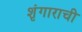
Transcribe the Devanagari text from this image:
शृंगाराची